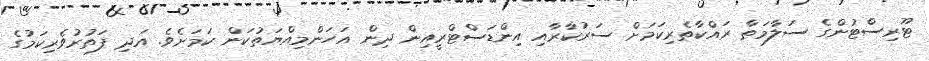
ޓޫރިސްޓުންގެ ސަލާމަތާ ރައްކާތެރިކަމަށް ސަރުކާރާއި އިންޑަސްޓްރީއިން ދިން އަހަންމިއްޔަތުކަން ކަމަށެވެ. އަދި ފަތުރުވެރިކަމުގެ